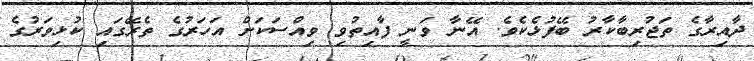
ދާއިރާގެ ތަޖުރިބާކާރު ބޭފުޅެކެވެ. އޭނާ ވަނީ ފާއިތުވި ވިއްސަކަށް އަހަރުގެ ތެރޭގައި ކުޅިވަރުގެ